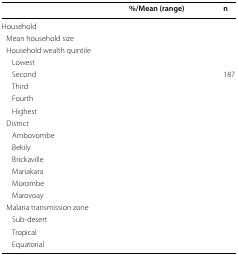
<table><thead><tr><td>[EMPTY_CELL]</td><td><b>%/Mean (range)</b></td><td><b>n</b></td></tr></thead><tbody><tr><td colspan="3">Household</td></tr><tr><td> Mean household size</td><td>[EMPTY_CELL]</td><td>[EMPTY_CELL]</td></tr><tr><td colspan="3"> Household wealth quintile</td></tr><tr><td>Lowest</td><td>[EMPTY_CELL]</td><td>[EMPTY_CELL]</td></tr><tr><td>Second</td><td>[EMPTY_CELL]</td><td>187</td></tr><tr><td>Third</td><td>[EMPTY_CELL]</td><td>[EMPTY_CELL]</td></tr><tr><td>Fourth</td><td>[EMPTY_CELL]</td><td>[EMPTY_CELL]</td></tr><tr><td>Highest</td><td>[EMPTY_CELL]</td><td>[EMPTY_CELL]</td></tr><tr><td colspan="3"> District</td></tr><tr><td>Ambovombe</td><td>[EMPTY_CELL]</td><td>[EMPTY_CELL]</td></tr><tr><td>Bekily</td><td>[EMPTY_CELL]</td><td>[EMPTY_CELL]</td></tr><tr><td>Brickaville</td><td>[EMPTY_CELL]</td><td>[EMPTY_CELL]</td></tr><tr><td>Manakara</td><td>[EMPTY_CELL]</td><td>[EMPTY_CELL]</td></tr><tr><td>Morombe</td><td>[EMPTY_CELL]</td><td>[EMPTY_CELL]</td></tr><tr><td>Marovoay</td><td>[EMPTY_CELL]</td><td>[EMPTY_CELL]</td></tr><tr><td colspan="3"> Malaria transmission zone</td></tr><tr><td>Sub-desert</td><td>[EMPTY_CELL]</td><td>[EMPTY_CELL]</td></tr><tr><td>Tropical</td><td>[EMPTY_CELL]</td><td>[EMPTY_CELL]</td></tr><tr><td>Equatorial</td><td>[EMPTY_CELL]</td><td>[EMPTY_CELL]</td></tr></tbody></table>